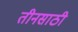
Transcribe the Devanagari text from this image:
तीनसाठी